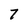
Character: 7